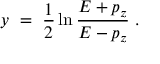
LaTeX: y \ = \ { \frac { 1 } { 2 } } \ln { \frac { E + p _ { z } } { E - p _ { z } } } \ .